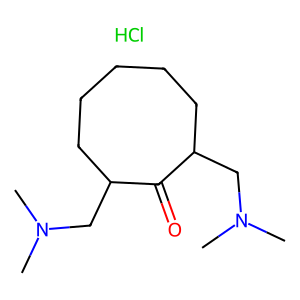
SMILES: CN(C)CC1CCCCCC(CN(C)C)C1=O.Cl
Inhibits HIV replication: No